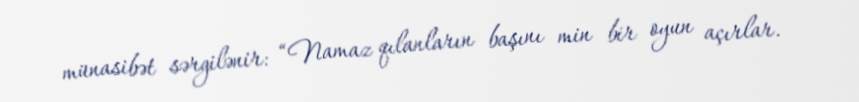
münasibət sərgilənir: “Namaz qılanların başını min bir oyun açırlar.